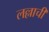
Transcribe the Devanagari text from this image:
लल्लाची